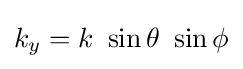
{\textstyle k_{y}=k~\sin \theta ~\sin \phi }